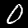
Digit: 0